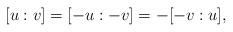
LaTeX: \begin{align*} [u:v] = [-u:-v] = -[-v:u], \end{align*}